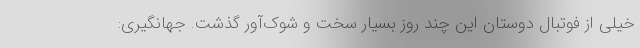
خیلی از فوتبال دوستان این چند روز بسیار سخت و شوک‌آور گذشت. جهانگیری: